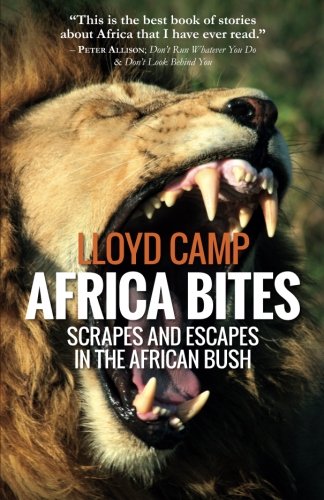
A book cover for Africa Bites: Scrapes and escapes in the African Bush; Mr Lloyd Temple Camp; Travel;